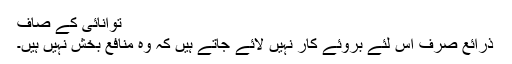
توانائی کے صاف
ذرائع صرف اس لئے بروئے کار نہیں لائے جاتے ہیں کہ وہ منافع بخش نہیں ہیں۔